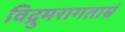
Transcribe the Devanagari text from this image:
विद्रुमरागताम्रं